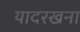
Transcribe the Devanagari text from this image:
यादरखना